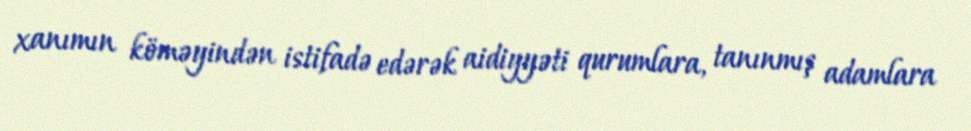
xanımın köməyindən istifadə edərək aidiyyəti qurumlara, tanınmış adamlara